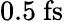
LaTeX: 0.5~\textrm{fs}